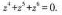
z ^ { 4 } + z ^ { 5 } + z ^ { 6 } = 0$$.